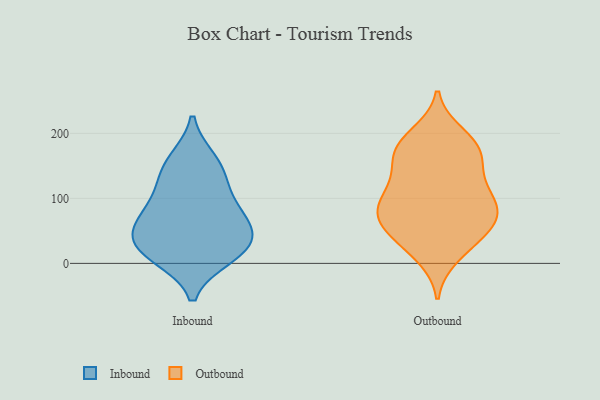
{"axis": {"x": "Revenue (USD Million)", "y": "Value"}, "legend": ["Inbound", "Outbound"], "data": [{"x": "", "y": 66, "type": "Inbound"}, {"x": "", "y": 147, "type": "Inbound"}, {"x": "", "y": 120, "type": "Inbound"}, {"x": "", "y": 29, "type": "Inbound"}, {"x": "", "y": 16, "type": "Inbound"}, {"x": "", "y": 69, "type": "Inbound"}, {"x": "", "y": 28, "type": "Inbound"}, {"x": "", "y": 91, "type": "Inbound"}, {"x": "", "y": 50, "type": "Inbound"}, {"x": "", "y": 158, "type": "Inbound"}, {"x": "", "y": 11, "type": "Inbound"}, {"x": "", "y": 60, "type": "Outbound"}, {"x": "", "y": 80, "type": "Outbound"}, {"x": "", "y": 172, "type": "Outbound"}, {"x": "", "y": 60, "type": "Outbound"}, {"x": "", "y": 164, "type": "Outbound"}, {"x": "", "y": 137, "type": "Outbound"}, {"x": "", "y": 67, "type": "Outbound"}, {"x": "", "y": 36, "type": "Outbound"}, {"x": "", "y": 12, "type": "Outbound"}, {"x": "", "y": 85, "type": "Outbound"}, {"x": "", "y": 198, "type": "Outbound"}, {"x": "", "y": 26, "type": "Outbound"}, {"x": "", "y": 183, "type": "Outbound"}, {"x": "", "y": 122, "type": "Outbound"}, {"x": "", "y": 92, "type": "Outbound"}, {"x": "", "y": 106, "type": "Outbound"}, {"x": "", "y": 104, "type": "Outbound"}, {"x": "", "y": 162, "type": "Outbound"}, {"x": "", "y": 185, "type": "Outbound"}, {"x": "", "y": 65, "type": "Outbound"}]}